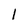
Character: l